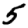
Digit: 5